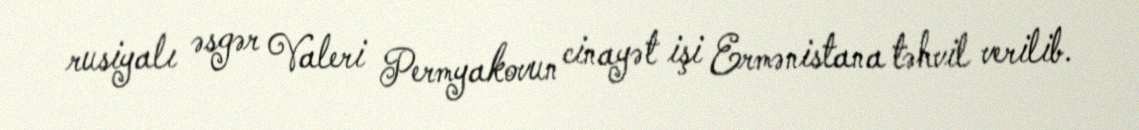
rusiyalı əsgər Valeri Permyakovun cinayət işi Ermənistana təhvil verilib.